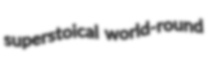
superstoical world-round